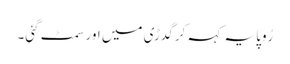
رُوپا یہ کہہ کر گدڑی میں اور سمٹ گئی۔